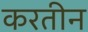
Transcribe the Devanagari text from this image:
करतीन